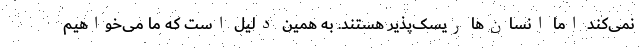
نمی‌کند اما انسان‌ها ریسک‌پذیر هستند. به همین دلیل است که ما می‌خواهیم